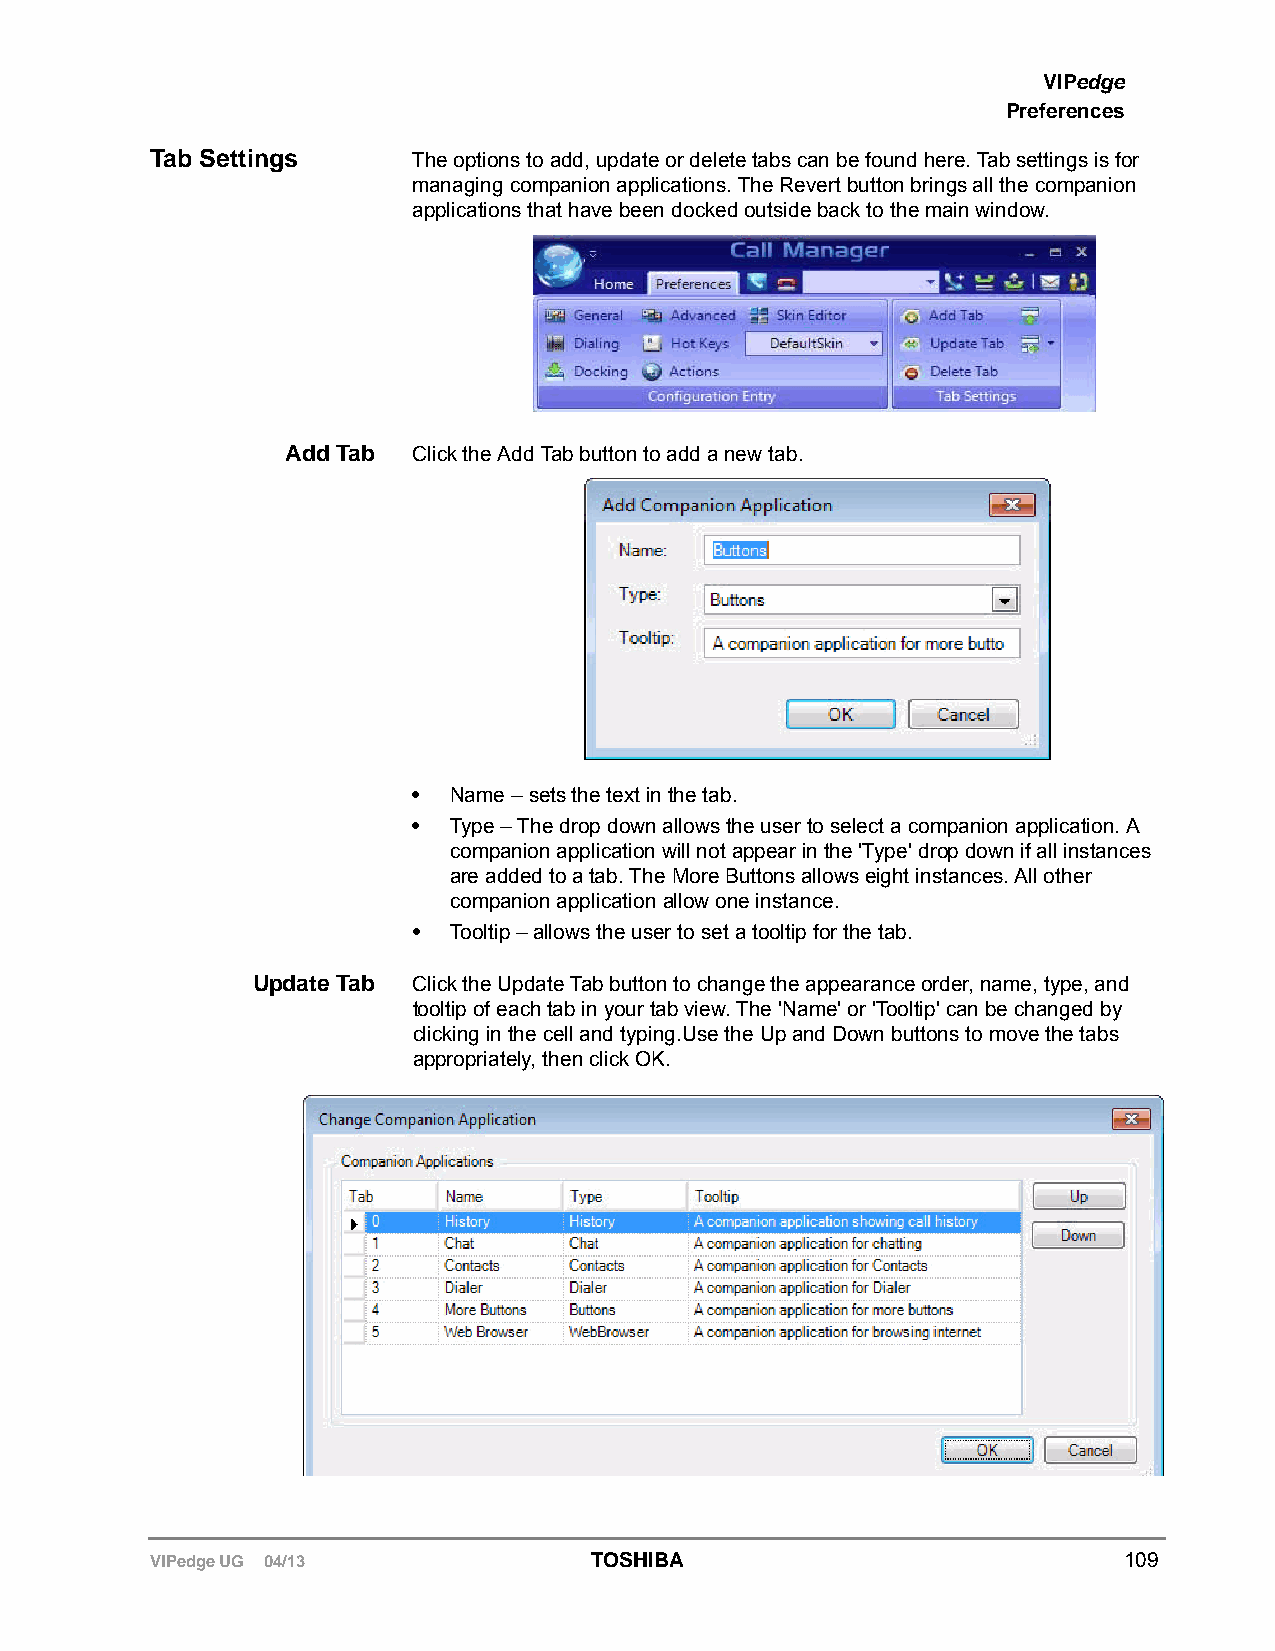
VIPedge
 Preferences
 Tab Settings     The options to add, update or delete tabs can be found here. Tab settings is for
 managing companion applications. The Revert button brings all the companion
 applications that have been docked outside back to the main window.
 Add Tab Click the Add Tab button to add a new tab.
 •  Name – sets the text in the tab.
 •  Type – The drop down allows the user to select a companion application. A
 companion application will not appear in the 'Type' drop down if all instances
 are added to a tab. The More Buttons allows eight instances. All other
 companion application allow one instance.
 •  Tooltip – allows the user to set a tooltip for the tab.
 Update Tab Click the Update Tab button to change the appearance order, name, type, and
 tooltip of each tab in your tab view. The 'Name' or 'Tooltip' can be changed by
 clicking in the cell and typing.Use the Up and Down buttons to move the tabs
 appropriately, then click OK.
 VIPedge UG 04/13             TOSHIBA                            109